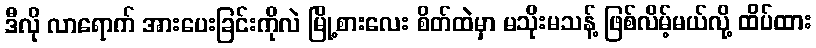
ဒီလို လာရောက် အားပေးခြင်းကိုလဲ မြို့စားလေး စိတ်ထဲမှာ မသိုးမသန့် ဖြစ်လိမ့်မယ်လို့ ထိပ်ထား